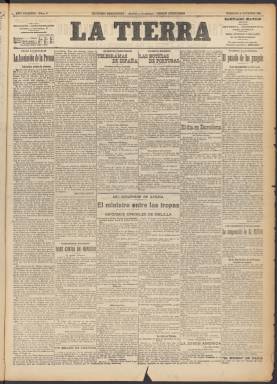
Título: La Tierra (Madrid. 1911)
Colección: Periódicos
Ámbito geográfico: Madrid
Lugar de publicación: Madrid
Fechas: 06/10/1911-14/10/1911